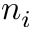
n _ { i }